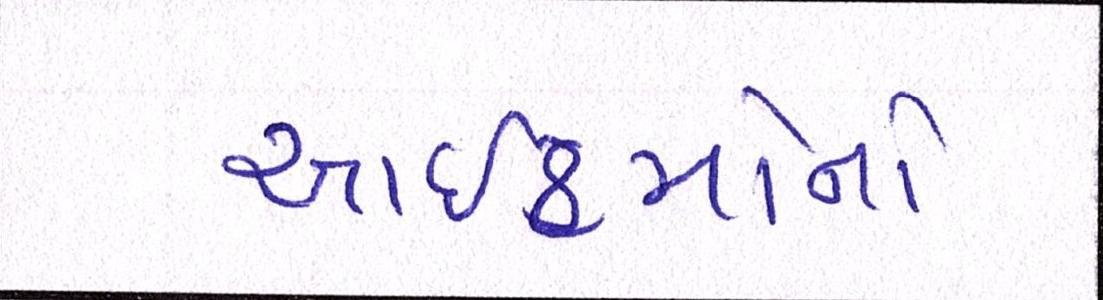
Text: આઈટમોનો